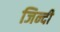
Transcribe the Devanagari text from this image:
जिन्दी